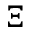
\Xi